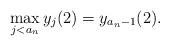
LaTeX: \begin{align*}\max_{j<a_n}y_j(2)=y_{a_n-1}(2).\end{align*}